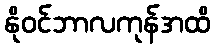
နိုဝင်ဘာလကုန်အထိ